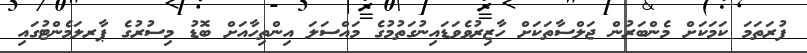
ފުރަތަމަ ކަމަކަށް މެންބަރުން ޖަލްސާތަކަށް ހާޒިރުވެވަޑައިނުގަތުމުގެ މައްސަލަ އިންތިހާއަށް ބޮޑު މިސުރުގެ ޕާރލަމެންޓުގައި